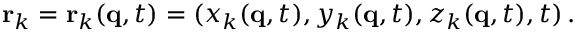
\mathbf { r } _ { k } = \mathbf { r } _ { k } ( \mathbf { q } , t ) = ( x _ { k } ( \mathbf { q } , t ) , y _ { k } ( \mathbf { q } , t ) , z _ { k } ( \mathbf { q } , t ) , t ) \, .